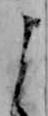
よ